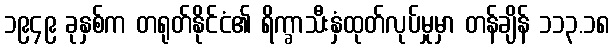
၁၉၄၉ ခုနှစ်က တရုတ်နိုင်ငံ၏ ရိက္ခာသီးနှံထုတ်လုပ်မှုမှာ တန်ချိန် ၁၁၃.၁၈